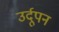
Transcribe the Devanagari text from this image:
उर्दूपन